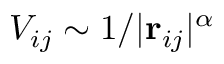
V _ { i j } \sim 1 / | \mathbf r _ { i j } | ^ { \alpha }